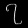
Digit: ၇